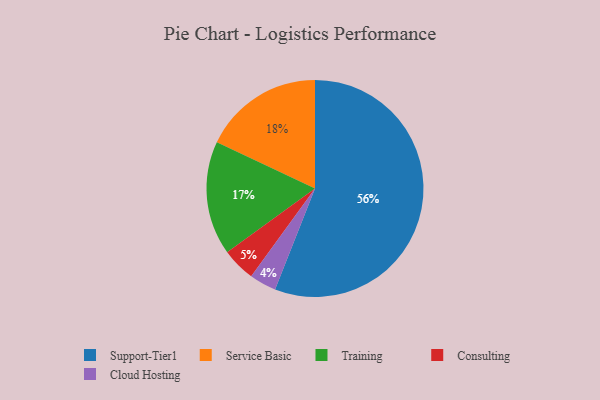
{"axis": {"x": "Category", "y": "Percentage"}, "legend": ["Cloud Hosting", "Consulting", "Service Basic", "Support-Tier1", "Training"], "data": [{"x": "Training", "y": 17, "type": "Training"}, {"x": "Service Basic", "y": 18, "type": "Service Basic"}, {"x": "Consulting", "y": 5, "type": "Consulting"}, {"x": "Support-Tier1", "y": 56, "type": "Support-Tier1"}, {"x": "Cloud Hosting", "y": 4, "type": "Cloud Hosting"}]}